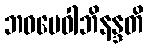
ဘဝမေဝါဘိနန္ဒတိ